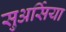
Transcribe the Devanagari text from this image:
सुअर्सिया